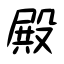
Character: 殿